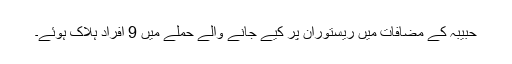
حبیبہ کے مضافات میں ریستوران پر کیے جانے والے حملے میں 9 افراد ہلاک ہوئے۔